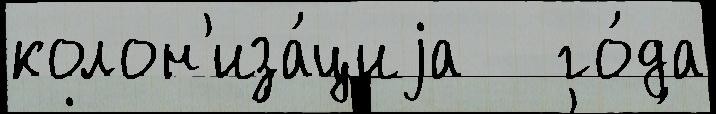
колон'иза́циjа   го́да